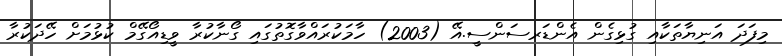
މިފަދަ އަނިޔާތަކާއި ގުޅިގެން އެންޑަރސަންސީ.އޭ (2003) ހާމަކުރައްވާގޮތުގައި ގޯނާކުރާ ވީޑިއޯގޭމް ކުޅުމަށް ހޭދަކުރާ